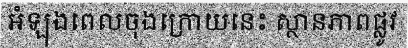
អំឡុងពេលចុងក្រោយនេះ ស្ថានភាពផ្លូវ